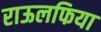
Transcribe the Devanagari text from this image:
राऊलफिया